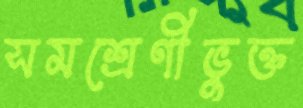
সমশ্রেণীভুক্ত